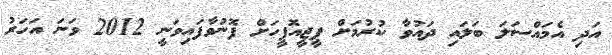
އަދި އެމައްސަލަ ބަލައި ދައުވާ ކުރުމަށް ޕީޖީއޮފީހަށް ފޮނުވާފައިވަނީ 2012 ވަނަ އަހަރު